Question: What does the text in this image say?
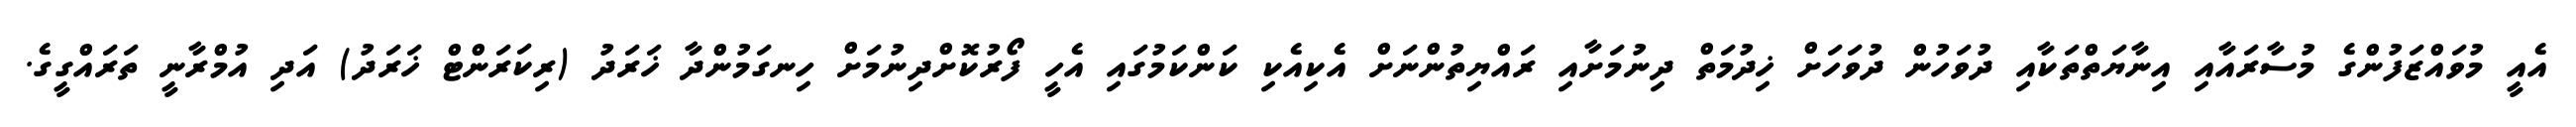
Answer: އެއީ މުވައްޒަފުންގެ މުސާރައާއި އިނާޔަތްތަކާއި ދުވަހުން ދުވަހަށް ޚިދުމަތް ދިނުމަށާއި ރައްޔިތުންނަށް އެކިއެކި ކަންކަމުގައި އެހީ ފޯރުކޮށްދިނުމަށް ހިނގަމުންދާ ޚަރަދު (ރިކަރަންޓް ޚަރަދު) އަދި އުމްރާނީ ތަރައްގީގެ.